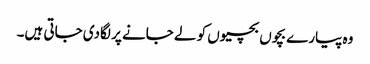
وہ پیارے بچوں بچیوں کو لے جانے پر لگادی جاتی ہیں۔